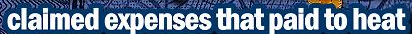
claimed expenses that paid to heat